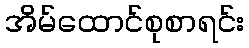
အိမ်ထောင်စုစာရင်း